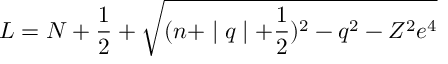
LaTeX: L = N + \frac 1 2 + \sqrt { ( n + \mid q \mid + \frac 1 2 ) ^ { 2 } - q ^ { 2 } - Z ^ { 2 } e ^ { 4 } }